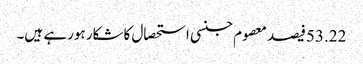
53.22فیصد معصوم جنسی استحصال کاشکار ہورہے ہیں۔